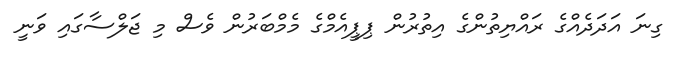
ގިނަ އަދަދެއްގެ ރައްޔިތުންގެ އިތުރުން ޕިޕީއެމްގެ މެމްބަރުން ވެސް މި ޖަލްސާގައި ވަނީ